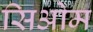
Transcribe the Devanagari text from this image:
सिओम